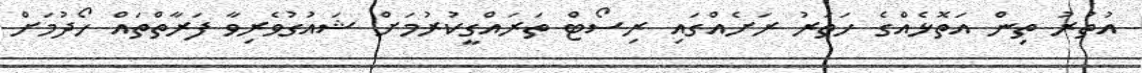
އުތުރު ތިން އަތޮޅެއްގެ ހަތަރު ރަށެއްގައި ރިސޯޓް ތަރައްގީކުރުމަށް ޝައުގުވެރިވާ ފަރާތްތައް ހޯދުމަށް